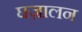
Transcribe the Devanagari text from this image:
घज़ालन